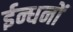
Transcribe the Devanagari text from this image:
ईन्धनों